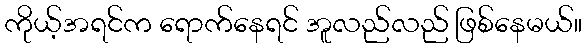
ကိုယ့်အရင်က ရောက်နေရင် အူလည်လည် ဖြစ်နေမယ်။